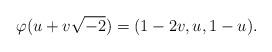
LaTeX: \begin{align*}\varphi(u + v\sqrt{-2}) = (1 - 2v, u, 1-u).\end{align*}